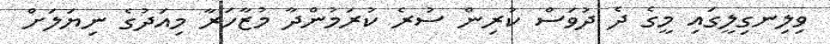
ވިލިނގިލީގައި މީގެ ދެ ދުވަސް ކުރިން ސުރެ ކުރަމުންދާ މުޒާހަރާ މިއަދުގެ ނިޔަލަށް